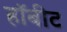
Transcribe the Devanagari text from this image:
हॉबीट